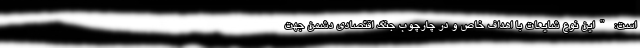
است: "این نوع شایعات با اهداف خاص و در چارچوب جنگ اقتصادی دشمن جهت